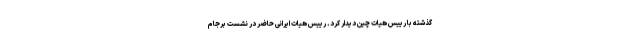
گذشته با رییس هیات چین دیدار کرد. رییس هیات ایرانی حاضر در نشست برجام